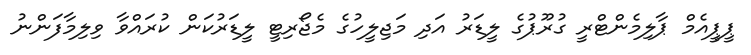
ޕީޕީއެމް ޕާލިމެންޓްރީ ގުރޫޕުގެ ލީޑަރު އަދި މަޖިލީހުގެ މެޖޯރިޓީ ލީޑަރުކަން ކުރައްވާ ވިލިމާފަންނު